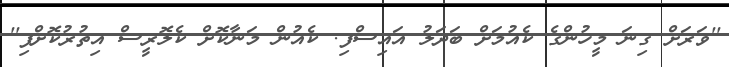
''ވަރަށް ގިނަ މީހުންގެ ކެއުމަށް ބަދަލު އައިސްފި. ކެއުން މަނާކޮށް ކެލޮރީސް އިތުރުކޮށްފި''